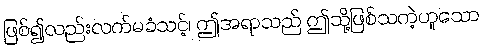
ဖြစ်၍လည်းလက်မခံသင့်၊ ဤအရာသည် ဤသို့ဖြစ်သကဲ့ဟူသော